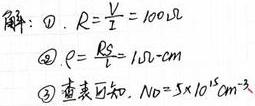
解：\textcircled{1}. $R = \frac{V}{I}=100\Omega$
\textcircled{2}. $\rho=\frac{RS}{L}=1.0\Omega\cdot cm$
\textcircled{3}. 查表可知, $N_0 = 5\times10^{26}m^{-3}$